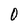
Character: O